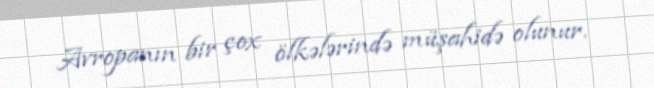
Avropanın bir çox ölkələrində müşahidə olunur.